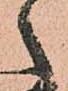
之